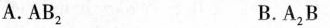
A. AB_{2} B. A_{2}B